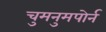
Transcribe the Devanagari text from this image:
चुमनुमपोर्न